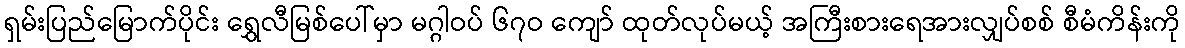
ရှမ်းပြည်မြောက်ပိုင်း ရွှေလီမြစ်ပေါ်မှာ မဂ္ဂါဝပ် ၆၇ဝ ကျော် ထုတ်လုပ်မယ့် အကြီးစားရေအားလျှပ်စစ် စီမံကိန်းကို